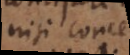
nisi concepta